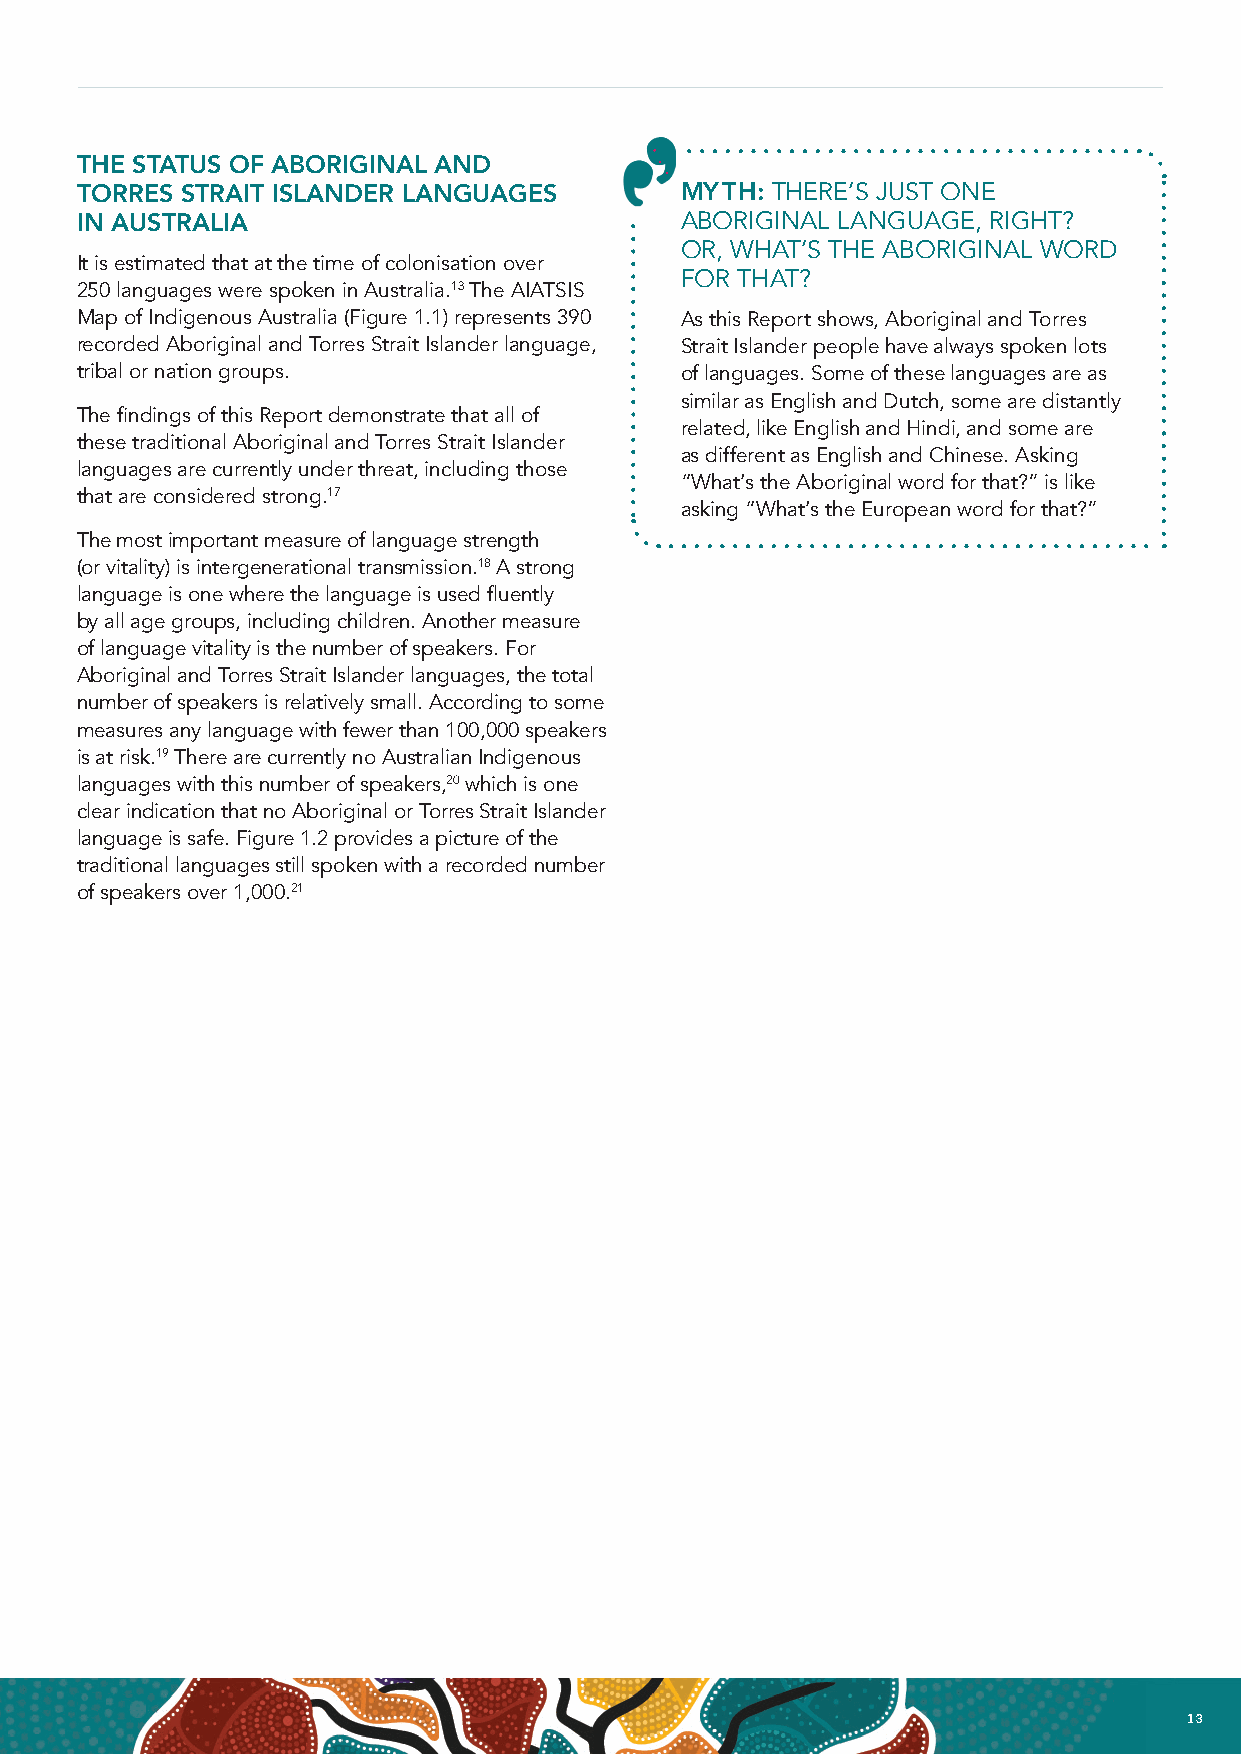
THE STATUS OF ABORIGINAL AND
 TORRES STRAIT ISLANDER LANGUAGES        MYTH: THERE’S JUST ONE
 IN AUSTRALIA                            ABORIGINAL LANGUAGE, RIGHT?
 OR, WHAT’S THE ABORIGINAL WORD
 It is estimated that at the time of colonisation over
 FOR THAT?
 250 languages were spoken in Australia.13 The AIATSIS
 Map of Indigenous Australia (Figure 1.1) represents 390 As this Report shows, Aboriginal and Torres
 recorded Aboriginal and Torres Strait Islander language, Strait Islander people have always spoken lots
 tribal or nation groups.                of languages. Some of these languages are as
 similar as English and Dutch, some are distantly
 The findings of this Report demonstrate that all of
 related, like English and Hindi, and some are
 these traditional Aboriginal and Torres Strait Islander
 as different as English and Chinese. Asking
 languages are currently under threat, including those
 “What’s the Aboriginal word for that?” is like
 that are considered strong.17
 asking “What’s the European word for that?”
 The most important measure of language strength
 (or vitality) is intergenerational transmission.18 A strong
 language is one where the language is used fluently
 by all age groups, including children. Another measure
 of language vitality is the number of speakers. For
 Aboriginal and Torres Strait Islander languages, the total
 number of speakers is relatively small. According to some
 measures any language with fewer than 100,000 speakers
 is at risk.19 There are currently no Australian Indigenous
 languages with this number of speakers,20 which is one
 clear indication that no Aboriginal or Torres Strait Islander
 language is safe. Figure 1.2 provides a picture of the
 traditional languages still spoken with a recorded number
 of speakers over 1,000.21
 12 NATIONAL INDIGENOUS LANGUAGES REPORT                                        13